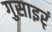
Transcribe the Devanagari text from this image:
गुसाइर्ं